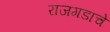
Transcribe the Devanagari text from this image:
राजगडाचे